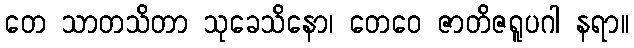
တေ သာတသိတာ သုခေသိနော၊ တေဝေ ဇာတိဇရူပဂါ နရာ။